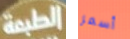
الطبعة أسمر